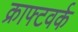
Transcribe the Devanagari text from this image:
क्राफ्टवर्क